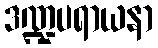
ဒဏ္ဍပရာယနာ